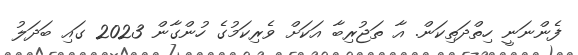
ފެންނަނީ ހިތްދަތިކަން. އާ ތަޖުރިބާ އަކަށް ވެރިކަމުގެ ހުންގާން 2023 ގައި ބަދަލު